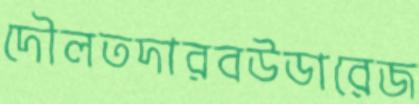
দৌলতদারবউডারেজ